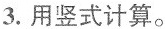
3.用竖式计算。